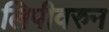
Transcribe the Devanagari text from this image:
लिपीवरुन